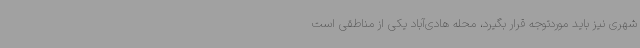
شهری نیز باید موردتوجه قرار بگیرد، محله هادی‌آباد یکی از مناطقی است